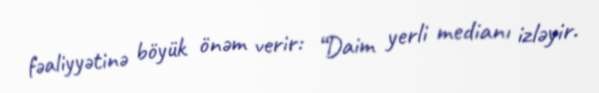
fəaliyyətinə böyük önəm verir: “Daim yerli medianı izləyir.